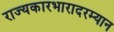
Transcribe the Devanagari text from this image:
राज्यकारभारादरम्यान